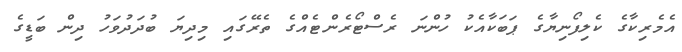
އެމެރިކާގެ ކެލިފޯނިޔާގެ ޕަބަކާއެކު ހުންނަ ރެސްޓޯރެންޓެއްގެ ތެރޭގައި މިދިޔަ ބުދަދުވަހު ދިން ބަޑީގެ